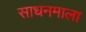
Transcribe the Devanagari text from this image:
साधनमाला